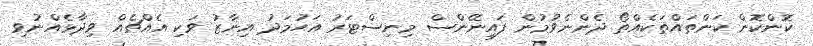
ކޮންކޮން ކަންތައްތަކެއްތޯ ދެންނެވުމުން ފައިނޭންސް މިނިސްޓަރު އަހުމަދު އިނާޒު ވަކި އެއްޗެއް ވިދާޅެއްނުވި